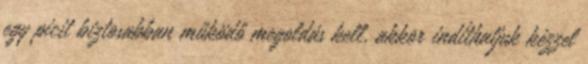
egy picit biztosabban működő megoldás kell, akkor indíthatjuk kézzel